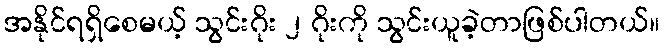
အနိုင်ရရှိစေမယ့် သွင်းဂိုး ၂ ဂိုးကို သွင်းယူခဲ့တာဖြစ်ပါတယ်။